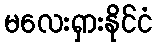
မလေးရှားနိုင်ငံ